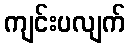
ကျင်းပလျက်